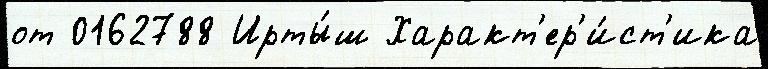
от 0162788 Ирты́ш Характ'ер'и́ст'ика